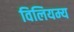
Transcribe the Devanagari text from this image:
विलियम्य